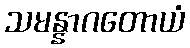
သမန္နာဂတောယံ